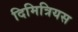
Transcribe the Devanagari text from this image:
दिमित्रियस